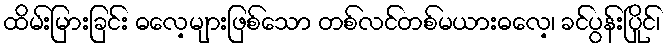
ထိမ်းမြားခြင်း ဓလေ့များဖြစ်သော တစ်လင်တစ်မယားဓလေ့၊ ခင်ပွန်းပြိုင်၊